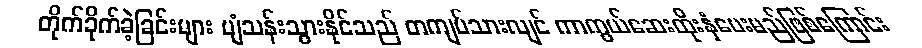
တိုက်ခိုက်ခဲ့ခြင်းများ ပျံသန်းသွားနိုင်သည် တကျပ်သားလျင် ကာကွယ်ဆေးထိုးနှံပေးမည်ဖြစ်ကြောင်း